Vital statistics of India. Vol. IV, Annual returns from 1871 to 1876. British Army of India, Native Army and jails of Bengal
Year: 1871
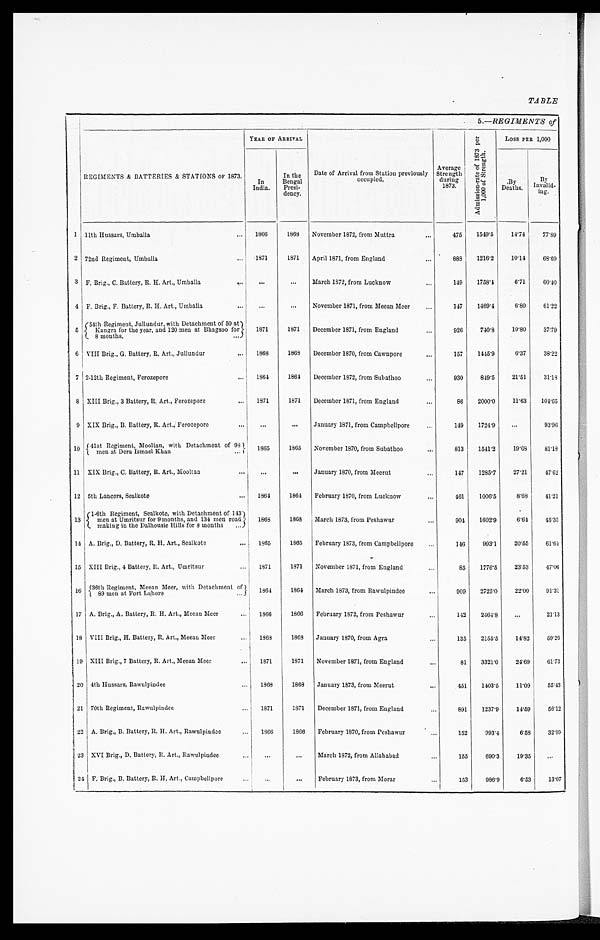
TABLE
5.—REGIMENTS of
REGIMENTS & BATTERIES & STATIONS OF 1873.
YEAR OF ARRIVAL
Date of Arrival from Station previously
occupied.
Average
Strength
during
1873.
A d m i s s i o n - r a t e o f 1 8 7 3 p e r 1 , 0 0 0 o f S t r e n g t h .
Loss PER 1,000
In
India.
In the
Bengal
Presi-
dency.
By Deaths.
By
Invalid-
ing.
1
11th Hussars, Umballa . . .
1866
1868
November 1872, front Muttra . . .
475
1549.5
14.74
77.89
2 72nd Regiment, Umballa . . .
1871
1871
April 1871, from England . . .
888
1216.2
10.14
68.69
3 F. Brig., C. Battery, R. H. Art., Umballa . . .
. . .
. . . March 1872, from Lucknow . . .
149
1758.4
6.71
60.40
4 F. Brig., F. Battery, R. H, Art., Umballa . . .
. . .
. . .
November 1871, from Meean Meer . . .
147
1469.4
6.80
61.22
5
54th Regiment, Jullundur, with Detachment of 50 at
Kangra for the year, and 120 men at Bhagsoo for 8 months. . . .
1871
1871
D e c e m b e r 1 8 7 1 , f r o m E n g l a n d . . .
926
740.8
10.80
37.79
6 VIII Brig., G, Battery, R. Art., Jullundur . . .
1868
1868
December 1870, from Cawnpore . . .
157
1445.9
6.37
38.22
7 2-12th Regiment, Ferozepore . . .
1864
1864
December 1872, from Subathoo . . .
930
849.5
21.51
31.18
8 XIII Brig., 3 Battery, R. Art., Ferozepore . . .
1871
1871
December 1871, from England . . .
86
2000.0
11.63
104.65
9 XIX Brig., B. Battery, R. Art., Ferozepore . . .
. . .
. . .
January 1871, from Campbellpore . . .
149
1724.9
. . .
93.96
10
41st Regiment, Mooltan, with Detachment of 9
8 men at Dera Ismael Khan . . .
1 8 6 5
1865
November 1870, from Subathoo . . .
813
1541.2
19.68
81.18
11 XIX Brig., C. Battery, R. Art., Mooltan . . .
. . .
. . .
January 1870, from Meerut . . .
147
1285.7
27.21
47.62
12 5th Lancers, Sealkote . . .
1864
1864
February 1870, from Lucknow . . .
461
1006.5
8.68
41.21
13
1-6th Regiment, Sealkote, with Detachment of 143
men at Umritsur for 9 months, and 134 men road
making in the Dalhousie Hills for 8 months
. . .
1868
1868
March 1873, from Peshawur . . .
904
1602.9
6.64
45.35
14 A. Brig., D. Battery, R. H. Art., Sealkote . . .
1865
1865
February 1873, from Campbellpore . . .
146
993.1
20.55
61.64
15 XIII Brig., 4 Battery, R. Art., Umritsur . . .
1871
1871
November 1871, from England . . .
85
1776.5
23.53
47.06
16
36th Regimtent, Meean Meer with Detachment of 89 men at Fort Lahore . . .
1864
1864
March 1873, from Rawulpindee . . .
909
2725.0
22.00
91.31
17 A. Brig., A. Battery, R. H. Art., Meean Meer . . .
1866
1866
February 1872, from Peshawur . . .
1 4 2
2464.8
. . .
21.13
18 VIII Brig., H. Battery, R, Art., Meean Meer . . .
1868
1868
January 1870, from Agra . . .
135
2155.5
14.82
59.26
19 XIII Brig., 7 Battery, R. Art., Meean Meer . . .
1871
1871
November 1871, from England . . .
8 1
3321.0
24.69
61.73
20 4th Hussars, Rawulpindee . . .
1868
1868
January 1873, from Meerut . . .
451
1403.5
11.09
55.43
21 70th Regiment, Rawulpindee . . .
1871
1871
December 1871, from England . . .
8 9 1
1237.9
14.59
56.12
22 A. Brig., B. Battery, R. H. Art., Rawulpindee . . .
1866
1866
February 1870, from Peshawur . . .
1 5 2
993.4
6.58
32.89
23 XVI Brig., D. Battery, R. Art., Rawulpindee . . .
. . . . . .
March 1872, from Allahabad . . .
155
690.3
19.35
. . .
24 F. Brig., B. Battery, B. H, Art., Campbellpore . . .
. . .
. . .
February 1873, from Morar . . .
153
986.9
6.53
13.07